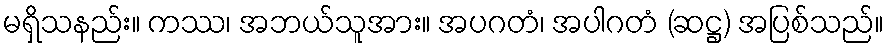
မရှိသနည်း။ ကဿ၊ အဘယ်သူအား။ အပဂတံ၊ အပါဂတံ (ဆဋ္ဌ) အပြစ်သည်။